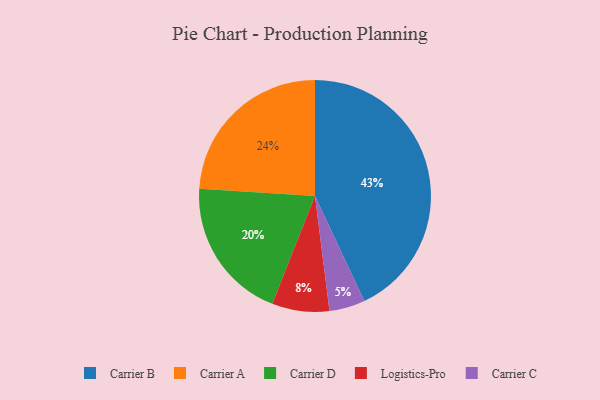
{"axis": {"x": "Category", "y": "Percentage"}, "legend": ["Carrier A", "Carrier B", "Carrier C", "Carrier D", "Logistics-Pro"], "data": [{"x": "Carrier A", "y": 24, "type": "Carrier A"}, {"x": "Carrier C", "y": 5, "type": "Carrier C"}, {"x": "Carrier D", "y": 20, "type": "Carrier D"}, {"x": "Carrier B", "y": 43, "type": "Carrier B"}, {"x": "Logistics-Pro", "y": 8, "type": "Logistics-Pro"}]}